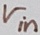
Text: Vin